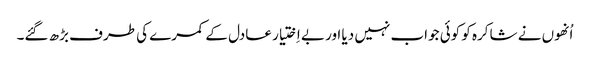
اُنھوں نے شاکرہ کو کوئی جواب نہیں دیا اور بے اِختیار عادل کے کمرے کی طرف بڑھ گئے۔